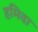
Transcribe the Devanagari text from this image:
हमिदा